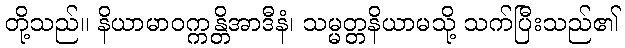
တို့သည်။ နိယာမာဝက္ကန္တိအာဒီနံ၊ သမ္မတ္တနိယာမသို့ သက်ပြီးသည်၏